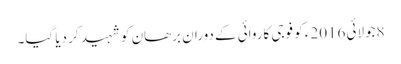
8جولائی 2016ء کو فوجی کاروائی کے دوران برھان کو شہید کر دیا گیا۔